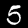
Label: 5